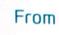
from